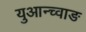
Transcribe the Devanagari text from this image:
युआन्च्वाङ